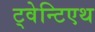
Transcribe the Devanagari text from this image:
ट्वेन्टिएथ